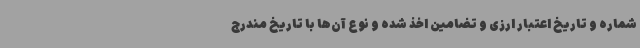
شماره و تاریخ اعتبار ارزی و تضامین اخذ شده و نوع آن‌ها با تاریخ مندرج